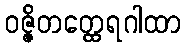
ဝဇ္ဇိတတ္ထေရဂါထာ